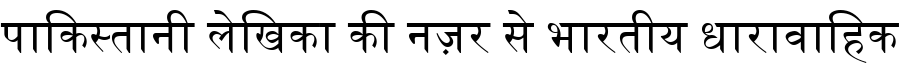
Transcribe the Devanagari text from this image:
पाकिस्तानी लेखिका की नज़र से भारतीय धारावाहिक